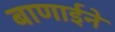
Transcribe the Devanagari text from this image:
बाणाईने